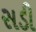
સડી